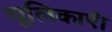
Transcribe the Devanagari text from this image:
चूलिकाएँ।